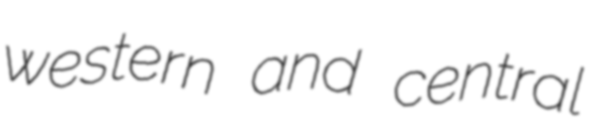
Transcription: western and central